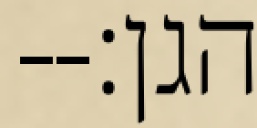
הגן׃--